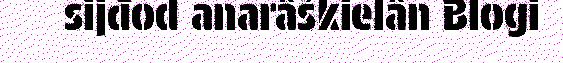
sijđod anarâškielân Blogi